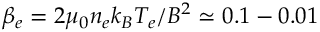
\beta _ { e } = 2 \mu _ { 0 } n _ { e } k _ { B } T _ { e } / B ^ { 2 } \simeq 0 . 1 - 0 . 0 1